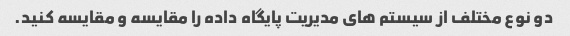
دو نوع مختلف از سیستم های مدیریت پایگاه داده را مقایسه و مقایسه کنید.